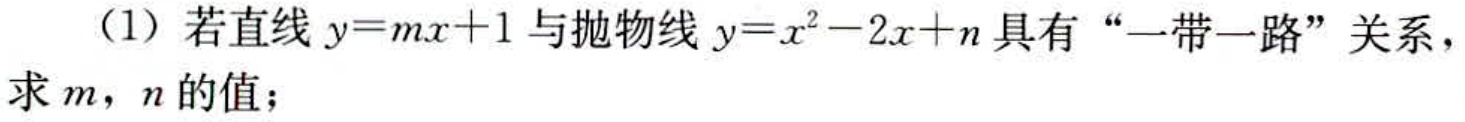
（1）若直线\(y = mx + 1\)与抛物线\(y = x^{2}-2x + n\)具有“一带一路”关系，求\(m\)，\(n\)的值；